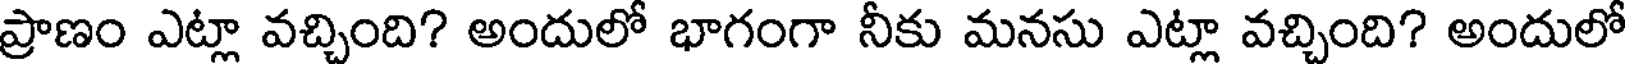
ప్రాణం ఎట్లా వచ్చింది? అందులో భాగంగా నీకు మనసు ఎట్లా వచ్చింది? అందులో